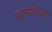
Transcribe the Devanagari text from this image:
सामनेच्या